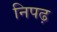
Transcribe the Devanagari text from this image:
निपढ़